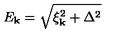
E _ { \bf k } = \sqrt { \xi _ { \bf k } ^ { 2 } + \Delta ^ { 2 } }